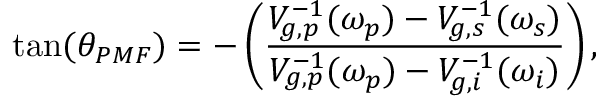
\tan ( \theta _ { P M F } ) = - \left( \frac { V _ { g , p } ^ { - 1 } ( \omega _ { p } ) - V _ { g , s } ^ { - 1 } ( \omega _ { s } ) } { V _ { g , p } ^ { - 1 } ( \omega _ { p } ) - V _ { g , i } ^ { - 1 } ( \omega _ { i } ) } \right) ,